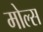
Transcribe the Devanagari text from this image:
मोल्स